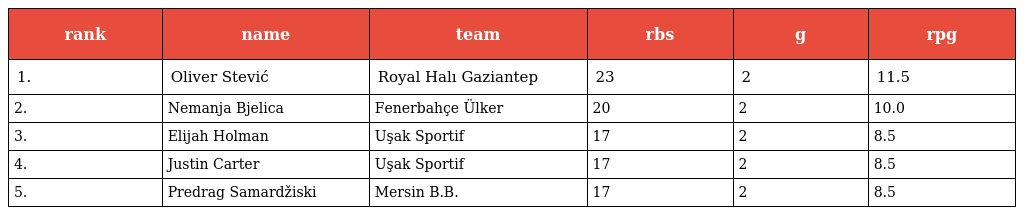
| rank | name | team | rbs | g | rpg |
 | --- | --- | --- | --- | --- | --- |
 | 1. | Oliver Stević | Royal Halı Gaziantep | 23 | 2 | 11.5 |
 | 2. | Nemanja Bjelica | Fenerbahçe Ülker | 20 | 2 | 10.0 |
 | 3. | Elijah Holman | Uşak Sportif | 17 | 2 | 8.5 |
 | 4. | Justin Carter | Uşak Sportif | 17 | 2 | 8.5 |
 | 5. | Predrag Samardžiski | Mersin B.B. | 17 | 2 | 8.5 |